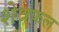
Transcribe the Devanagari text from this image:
शेत्रफल